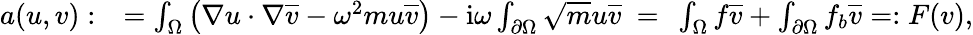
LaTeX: \begin{array}{rl}{a(u,v):}&{=\int_{\Omega}\left(\nabla u\cdot\nabla\overline{{v}}-\omega^{2}mu\overline{{v}}\right)-\mathrm{i}\omega\int_{\partial\Omega}\sqrt{m}u\overline{{v}}\ =\ \int_{\Omega}f\overline{{v}}+\int_{\partial\Omega}f_{b}\overline{{v}}=:F(v),}\end{array}